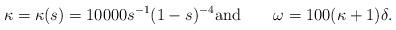
LaTeX: \begin{align*}\kappa = \kappa(s) = 10000 s^{-1}(1-s)^{-4} \textrm{and}\qquad\omega = 100(\kappa + 1)\delta.\end{align*}